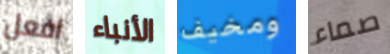
افعل الأنباء ومخيف صماء